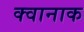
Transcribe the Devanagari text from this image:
क्वानाक